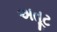
અતૂટ